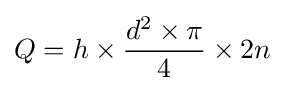
Q=h\times {\frac {d^{2}\times \pi }{4}}\times 2n